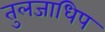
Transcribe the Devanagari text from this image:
तुलजाधिप